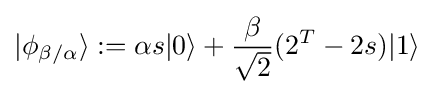
|\phi _{\beta /\alpha }\rangle :=\alpha s|0\rangle +{\frac {\beta }{\sqrt {2}}}(2^{T}-2s)|1\rangle